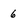
Character: 6